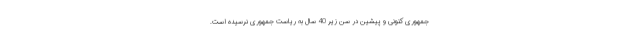
جمهوری کنونی و پیشین در سن زیر 40 سال به ریاست جمهوری نرسیده است.